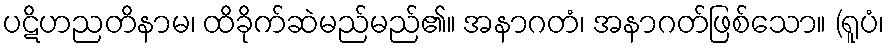
ပဋိဟညတိနာမ၊ ထိခိုက်ဆဲမည်မည်၏။ အနာဂတံ၊ အနာဂတ်ဖြစ်သော။ (ရူပံ၊